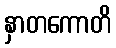
နှာတကောတိ